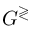
G ^ { \gtrless }